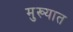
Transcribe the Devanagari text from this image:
मुख्यात